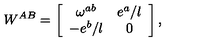
W ^ { A B } = \left[ \begin{array} { c c } { \omega ^ { a b } } & { e ^ { a } / l } \\ { - e ^ { b } / l } & { 0 } \\ \end{array} \right] ,